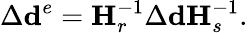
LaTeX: \Delta\mathbf{d}^{e}=\mathbf{H}_{r}^{-1}\Delta\mathbf{d}\mathbf{H}_{s}^{-1}.